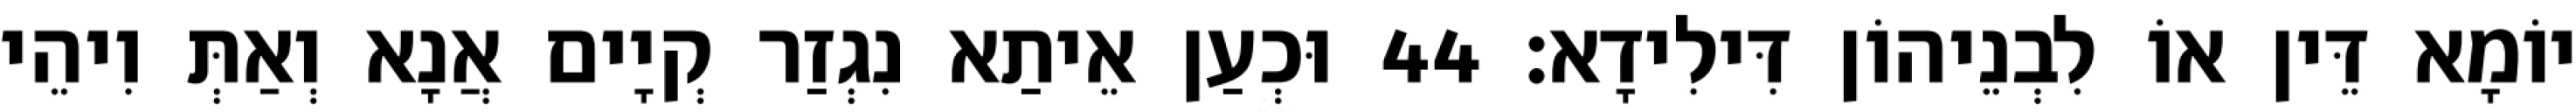
יוֹמָא דֵּין אוֹ לִבְנֵיהוֹן דִּילִידָא׃ 44 וּכְעַן אֵיתַא נִגְזַר קְיָים אֲנָא וְאַתְּ וִיהֵי